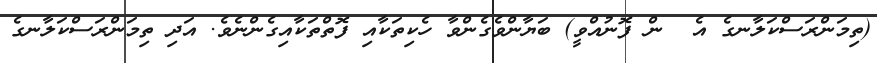
(ތިމަންރަސްކަލާނގެ އެ  ން ފޮނުއްވީ) ބަޔާންވެގެންވާ ހެކިތަކާއި ފޮތްތަކާއިގެންނެވެ. އަދި ތިމަންރަސްކަލާނގެ